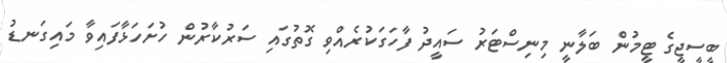
ބީސީޖީގެ ޓީމުން ބަލާނީ މިނިސްޓަރު ސައީދު ފާހަގަކުރެއްވި ގޮތުގައި ސަރުކާރުން ހުށަހަޅާފައިވާ މައިގަނޑު